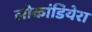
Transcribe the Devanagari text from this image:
लोकांडियेरा